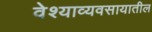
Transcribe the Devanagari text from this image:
वेश्याव्यवसायातील